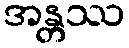
အန္တဿ